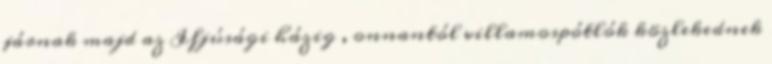
járnak majd az Ifjúsági házig , onnantól villamospótlók közlekednek